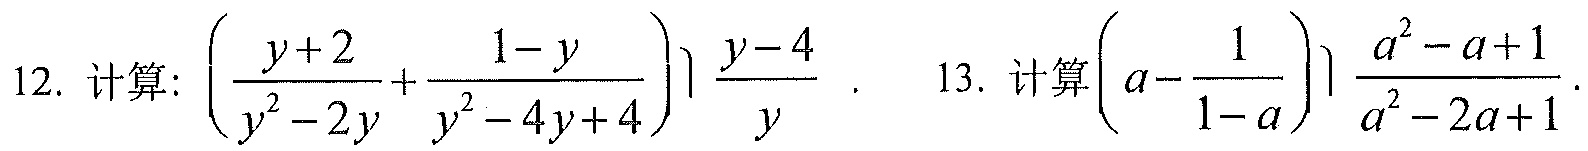
12. 计算: \(\left(\dfrac{y + 2}{y^{2}-2y}+\dfrac{1 - y}{y^{2}-4y + 4}\right)\dfrac{y - 4}{y}\).  13. 计算\(\left(a-\dfrac{1}{1 - a}\right)\dfrac{a^{2}-a + 1}{a^{2}-2a + 1}\).